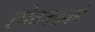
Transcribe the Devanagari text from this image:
त्मेवनतबमे